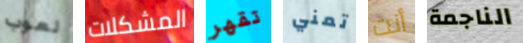
لعوب المشكلات تقهر تمني أنت الناجمة